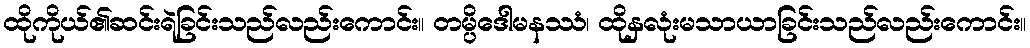
ထိုကိုယ်၏ဆင်းရဲခြင်းသည်လည်းကောင်း။ တမ္ပိဒေါမနဿံ၊ ထိုနှလုံးမသာယာခြင်းသည်လည်းကောင်း။